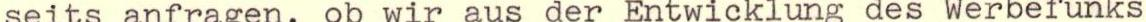
seits anfragen, ob wir aus der Entwicklung des Werbefunks